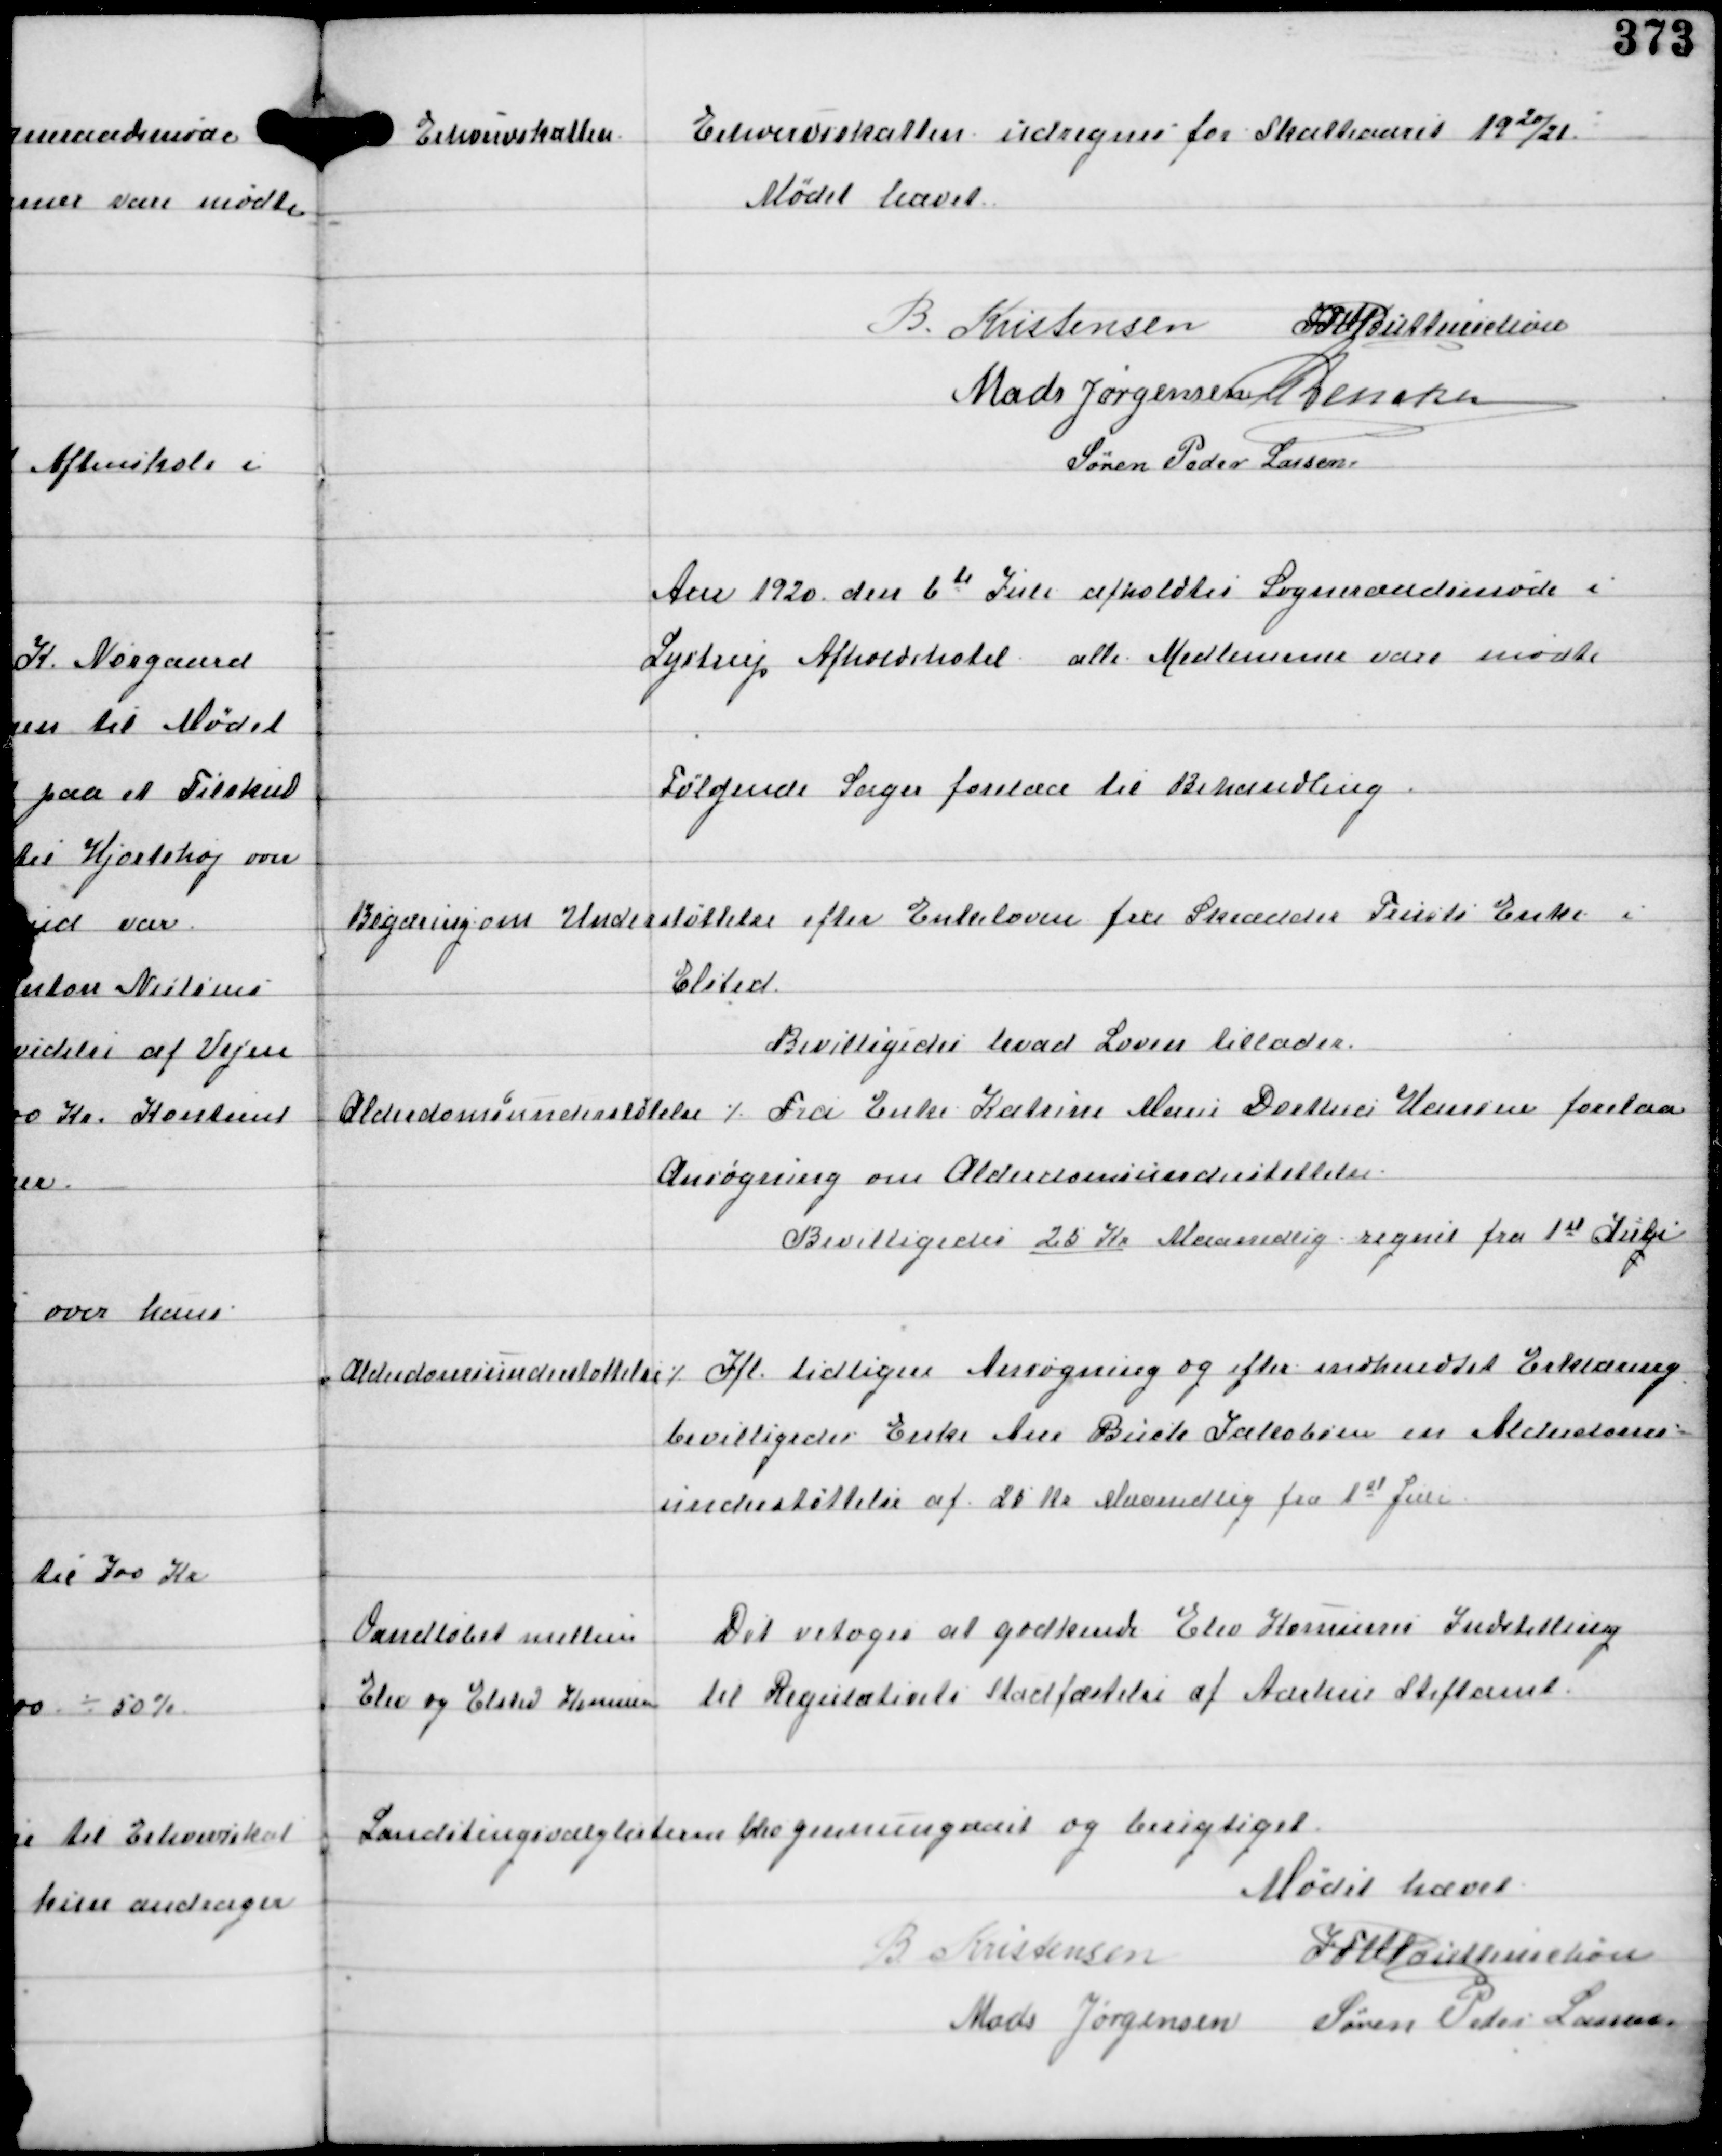
Transskription:
Erhvervskatten

Erhvervsskatten udregnet for Skatteaaret 1920/21

Mødet hævet

B. Kristensen IFV Buttenschøn
Mads Jørgensen C Dencker
Søren Peder Lassen

Aar 1920 den 6te Juli afholdtes Sogneraadsmøde i
Lystrup Afholdshotel alle Medlemmer vare mødte
Følgende Sager forelaa til Behandling

Begæring om Understøttelse efter Enkeloven fra Skrædder Trusts Enke i
Elsted.
Bevilligedes hvad Loven tillader.

Alderdomsunderstøttelse

⁒ Fra Enke Katrine Marie Dorthea Hansen forelaa
Ansøgning om Alderdomsunderstøttelse.
Bevilligedes 25 Kr Maanedlig regnet fra 1st Juli

Alderdomsunderstøttelse ⁒

Ifl tidligere Ansøgning og efter indhentet Erklæring
bevilligedes Enke Ane Birck Jakobsen en Alderdoms-
understøttelse af 25 Kr Maanedlig fra 1st Juli

Vandløbet mellem
Elev og Elsted Komune

Det vedtoges at godkende Elev Komunes Indstilling
til Regulativets Stadfæstelse af Aarhus Stiftamt.

Landstingsvalglisterne blev gennemgaaet og besigtiget.

Mødet hævet.
B. Kristensen
IFV Buttenschøn
Mads Jørgensen Søren Peder Lassen